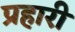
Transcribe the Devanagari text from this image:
प्रहारी